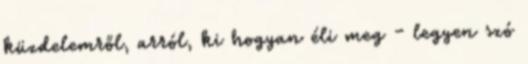
küzdelemről, arról, ki hogyan éli meg - legyen szó